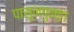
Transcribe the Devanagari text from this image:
पासूनपुन्हा